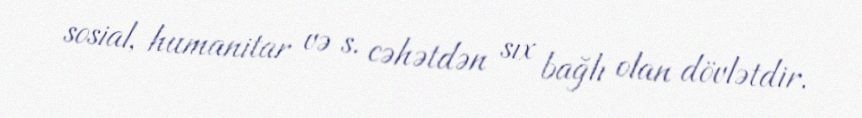
sosial, humanitar və s. cəhətdən sıx bağlı olan dövlətdir.